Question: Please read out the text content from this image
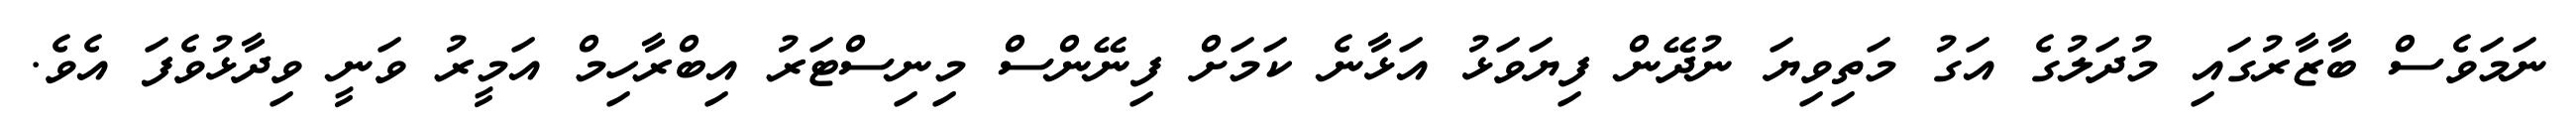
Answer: ނަމަވެސް ބާޒާރުގައި މުދަލުގެ އަގު މަތިވިޔަ ނުދޭން ފިޔަވަޅު އަޅާނެ ކަމަށް ފިނޭންސް މިނިސްޓަރު އިބްރާހިމް އަމީރު ވަނީ ވިދާޅުވެފަ އެވެ.